Subject: eess
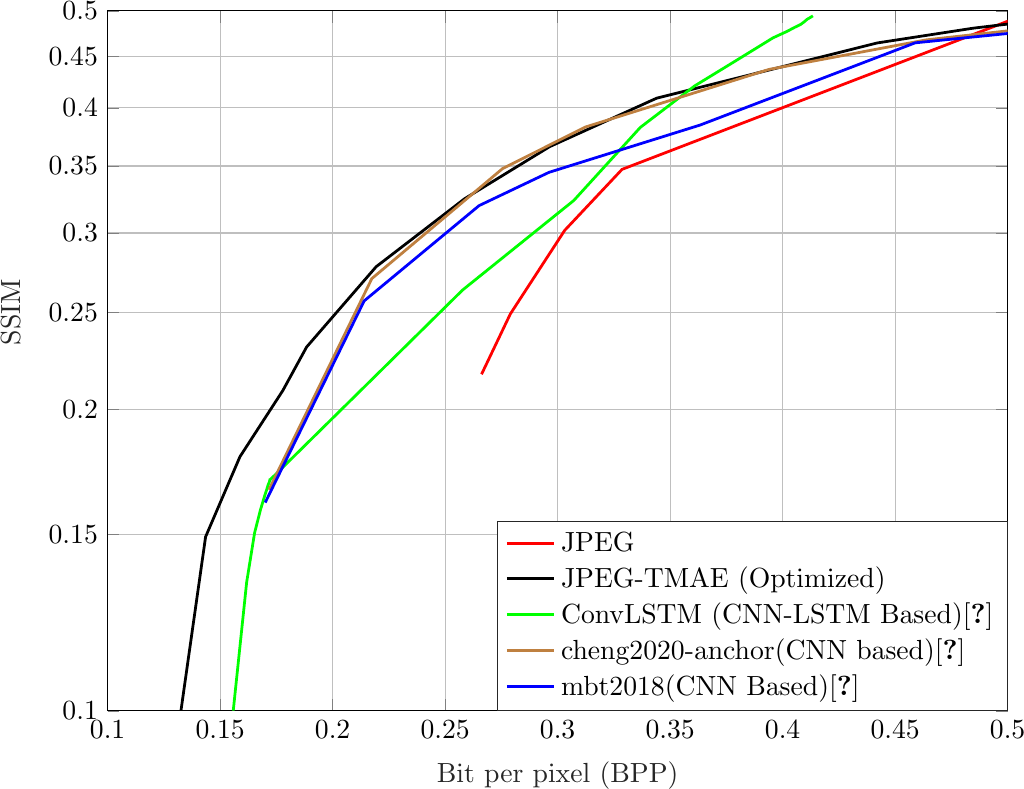
LaTeX code:
\begin{tikzpicture}

\begin{axis}[%
width=4.5in,
height=3.5in,
scale only axis,
xmin=0.1,
xmax=0.5,
xlabel style={font=\color{white!15!black}, at={(axis cs: 0.3,0.1)}},
xlabel={Bit per pixel (BPP)},
ymode=log,
ymin=0.1,
ymax=0.5,
yminorticks=true,
ytick = {0.1,0.15,0.2, 0.25, 0.3, 0.35, 0.4, .45, .5},
yticklabels = {0.1,0.15,0.2, 0.25, 0.3, 0.35, 0.4, 0.45, 0.5},
ylabel style={font=\color{white!15!black}, at={(axis cs: 0.1,0.25)}},
ylabel={SSIM},
axis background/.style={fill=white},
xmajorgrids,
ymajorgrids,
yminorgrids,
legend style={at={(axis cs: 0.5,0.1)}, anchor=south east, legend cell align=left, align=left, draw=white!15!black}
]
\addplot [color=red, line width=1.0pt]
  table[row sep=crcr]{%
0.26616974914966	0.216819795287559\\
0.266302614795918	0.217076911094681\\
0.278984640731293	0.249056392831938\\
0.303139615221088	0.301838144106932\\
0.328636532738095	0.347287831829525\\
0.566931069302721	0.557600654247583\\
};
\addlegendentry{JPEG}

\addplot [color=black, line width=1.0pt]
  table[row sep=crcr]{%
0.131384194302721	0.0957299056703332\\
0.143541400935374	0.149210727406744\\
0.158814306972789	0.179399724771426\\
0.17784731079932	0.208815158187379\\
0.188436702806122	0.230824914521954\\
0.219334608843537	0.2776170957478\\
0.258576477465986	0.324522948655854\\
0.296463116496599	0.365897396562047\\
0.34402237457483	0.409028052413993\\
0.442017431972789	0.464381009398488\\
0.484634088010204	0.480418601139433\\
0.561330782312925	0.503685930965175\\
};
\addlegendentry{JPEG-TMAE (Optimized)}

\addplot [color=green, line width=1.0pt]
  table[row sep=crcr]{%
0.15583462185329858    0.10005479852202352\\
0.1617889404296875     0.13439492852385929\\
0.16532474093967017    0.15059053639389894\\
0.16795010036892366    0.15883068032018086\\
0.16986423068576387    0.16415489353010065\\
0.17078823513454863    0.16656789836941904\\
0.17131720648871526    0.16811935272638226\\
0.17161220974392363    0.16865256504237\\
0.17186652289496526    0.16927173673077942\\
0.17205047607421875    0.16978527558660705\\
0.1721369425455729     0.17018323184257259\\
0.17225731743706596    0.1701982345665436\\
0.17243872748480904    0.17030083823028472\\
0.17266591389973954    0.17049914467515284\\
0.2577395968967014     0.26311950422145176\\
0.3071738349066841     0.32328938829565285\\
0.33673434787326384    0.3824002583473112\\
0.3608957926432292     0.4207165501303598\\
0.3771396213107639     0.4428826127495627\\
0.38805389404296875    0.45852518054993957\\
0.3957095675998265     0.46985682074589286\\
0.4020572238498264     0.47701610728861965\\
0.40517340766059035    0.4811334995592545\\
0.4079615275065105     0.4845167843088319\\
0.40952131483289916    0.48739381847968577\\
0.4108784993489584     0.4903266787751413\\
0.412324693467882      0.4924518318067699\\
0.4134462144639757     0.49421304458665083\\
};
\addlegendentry{ConvLSTM (CNN-LSTM Based)\cite{ConvLSTM}}

\addplot [color=brown, line width=1.0pt]
  table[row sep=crcr]{%
0.17167522 0.16625049\\
0.21742701 0.27015172\\
0.27555805 0.34790647\\
0.31232452 0.38280889\\
0.39392401 0.43696703\\
0.46371333 0.46766172\\
0.58388265 0.50097406\\
0.77102294 0.53066724\\
1.01181511 0.54945989\\
};
\addlegendentry{cheng2020-anchor(CNN based)\cite{cheng2020image}}

\addplot [color=blue, line width=1.0pt]
  table[row sep=crcr]{%
0.17003716 0.16144037\\
0.21402232 0.25665099\\
0.26508416 0.31950167\\
0.29616631 0.34490801\\
0.36334144 0.38455074\\
0.45891232 0.46451866\\
0.57301500 0.49298646\\
0.74923282 0.52114487\\
0.86121707 0.53466851\\
};
\addlegendentry{mbt2018(CNN Based)\cite{minnenbt18}}

\end{axis}

\end{tikzpicture}%